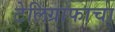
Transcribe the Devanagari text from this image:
टेलिग्राफाचा